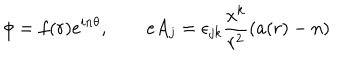
LaTeX: \phi = f ( r ) e ^ { i n \theta } , \qquad e A _ { j } = \epsilon _ { j k } \frac { x ^ { k } } { r ^ { 2 } } ( a ( r ) - n )